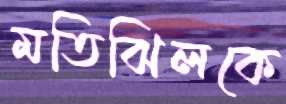
মতিঝিলকে